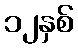
၁၂နှစ်